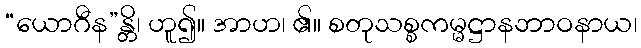
“ယောဂီန”န္တိ၊ ဟူ၍။ အာဟ၊ ၏။ စတုသစ္စကမ္မဋ္ဌာနဘာဝနာယ၊